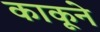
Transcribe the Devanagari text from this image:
काकूने